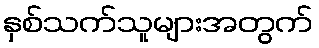
နှစ်သက်သူများအတွက်